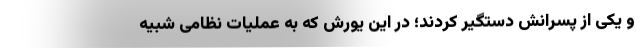
و یکی از پسرانش دستگیر کردند؛ در این یورش که به عملیات نظامی شبیه